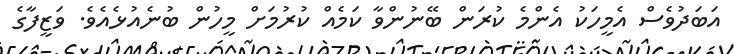
އަބަދުވެސް އެމީހަކު އެންމެ ކުރަން ބޭނުންވާ ކަމެއް ކުރުމަށް މީހުން ބުނެއުޅެއެވެ. ވަޒީފާގެ